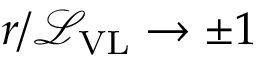
r / \mathcal { L } _ { \mathrm { V L } } \to \pm 1